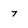
Character: 7